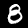
Label: 8